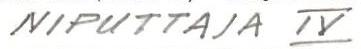
NIPUTTAJA IV